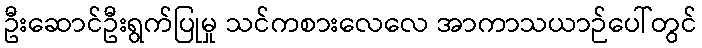
ဦးဆောင်ဦးရွက်ပြုမှု သင်ကစားလေလေ အာကာသယာဉ်ပေါ်တွင်